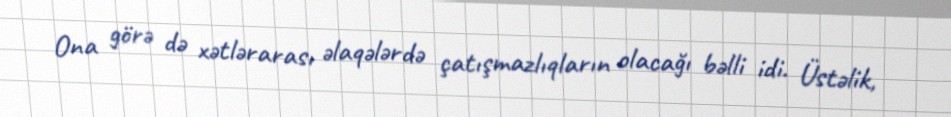
Ona görə də xətlərarası əlaqələrdə çatışmazlıqların olacağı bəlli idi. Üstəlik,